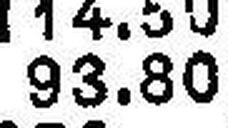
93.80